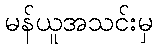
မန်ယူအသင်းမှ